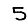
Digit: 5